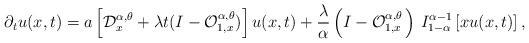
LaTeX: \begin{align*}\partial _{t}u(x,t)=a\left[ \mathcal{D}_{x}^{\alpha ,\theta }+\lambda t(I-\mathcal{O}_{1,x}^{\alpha ,\theta })\right] u(x,t)+\frac{\lambda }{\alpha }\left( I-\mathcal{O}_{1,x}^{\alpha ,\theta }\,\right) \,I_{1-\alpha}^{\alpha -1}\left[ xu(x,t)\right] , \end{align*}